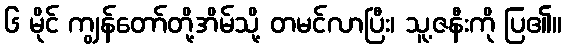
၆ မိုင် ကျွန်တော်တို့အိမ်သို့ တမင်လာပြီး၊ သူ့ဇနီးကို ပြ၏။